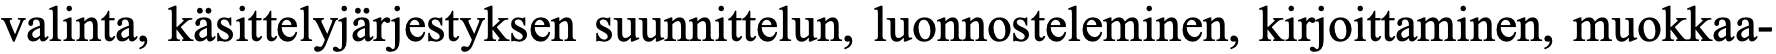
valinta, käsittelyjärjestyksen suunnittelun, luonnosteleminen, kirjoittaminen, muokkaa-